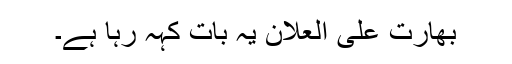
بھارت علی العلان یہ بات کہہ رہا ہے۔